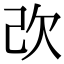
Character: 𣢇